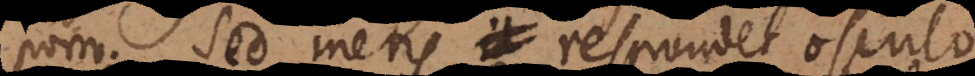
porro. Sed mens respondet osculo